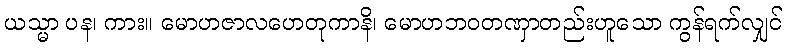
ယသ္မာ ပန၊ ကား။ မောဟဇာလဟေတုကာနိ၊ မောဟဘဝတဏှာတည်းဟူသော ကွန်ရက်လျှင်